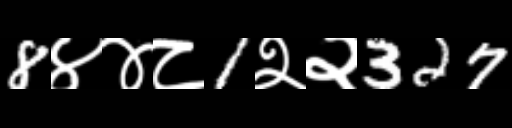
Text: 8४४८1२२327